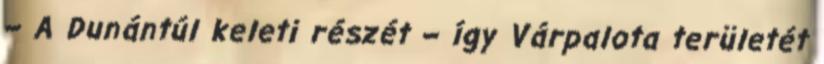
– A Dunántúl keleti részét – így Várpalota területét